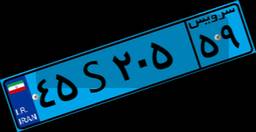
۷۰S۵۳۸۳۹